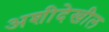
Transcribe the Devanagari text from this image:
अशीदेखील